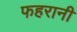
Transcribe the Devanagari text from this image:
फहरानी